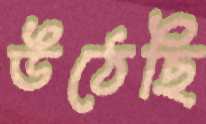
উঠেছি